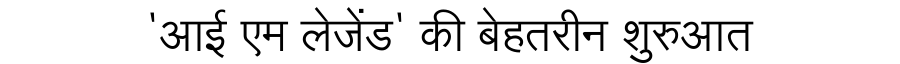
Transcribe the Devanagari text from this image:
'आई एम लेजेंड' की बेहतरीन शुरुआत